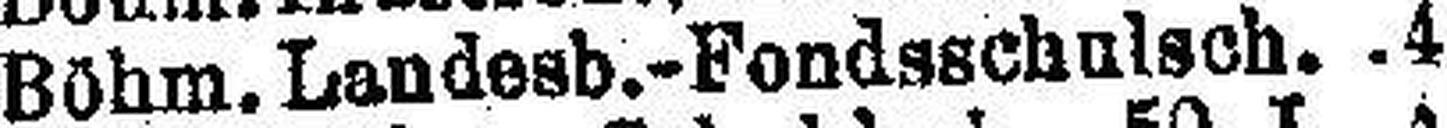
Böhm. Landesb.-Fondsschalsch. 4